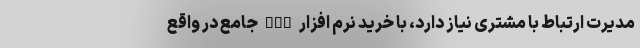
مدیرت ارتباط با مشتری نیاز دارد، با خرید نرم افزار CRM جامع در واقع